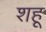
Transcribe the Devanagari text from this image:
शहू